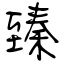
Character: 臻